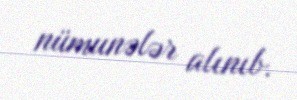
nümunələr alınıb.